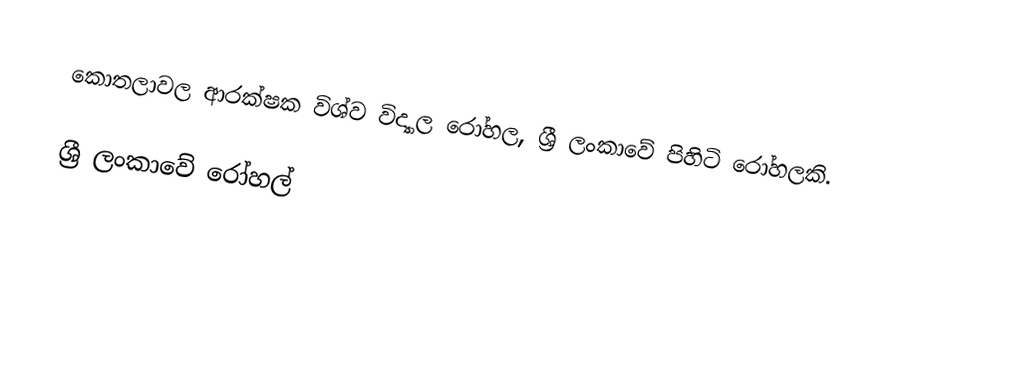
කොතලාවල ආරක්ෂක විශ්ව විද්‍යාල රෝහල, ශ්‍රී ලංකාවේ පිහිටි රෝහලකි.

ශ්‍රී ලංකාවේ රෝහල්